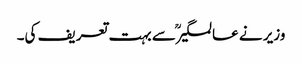
وزیر نے عالمگیرؒ سے بہت تعریف کی۔